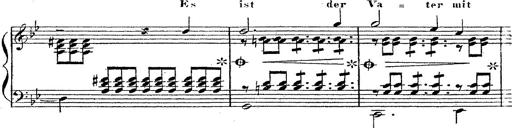
Title: 12 Lieder von Franz Schubert
Composer: Franz Liszt